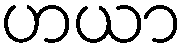
ဟယာ